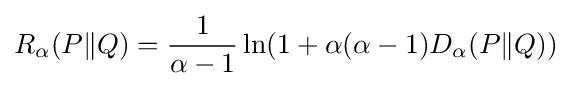
R_{\alpha }(P\|Q)={\frac {1}{\alpha -1}}\ln(1+\alpha (\alpha -1)D_{\alpha }(P\|Q))